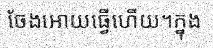
ចែងអោយធ្វើហើយ។ក្នុង